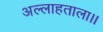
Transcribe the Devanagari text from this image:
अल्लाहताला।।